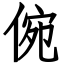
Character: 倇